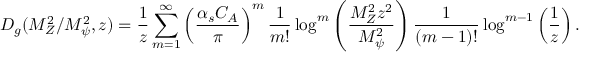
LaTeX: D _ { g } ( M _ { Z } ^ { 2 } / M _ { \psi } ^ { 2 } , z ) = \frac { 1 } { z } \sum _ { m = 1 } ^ { \infty } \left( \frac { \alpha _ { s } C _ { A } } { \pi } \right) ^ { m } \frac 1 { m ! } \log ^ { m } \left( \frac { M _ { Z } ^ { 2 } z ^ { 2 } } { M _ { \psi } ^ { 2 } } \right) \frac 1 { ( m - 1 ) ! } \log ^ { m - 1 } \left( \frac 1 z \right) .